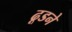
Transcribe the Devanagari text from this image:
ढूडने